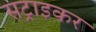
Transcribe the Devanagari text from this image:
सट्राइकर